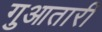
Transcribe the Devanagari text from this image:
गुआतारी